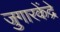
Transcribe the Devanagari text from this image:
जुगारकेंद्रे